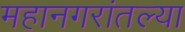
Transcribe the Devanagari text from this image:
महानगरांतल्या